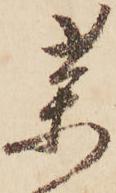
薬